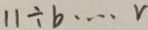
1 1 \div b \cdots v